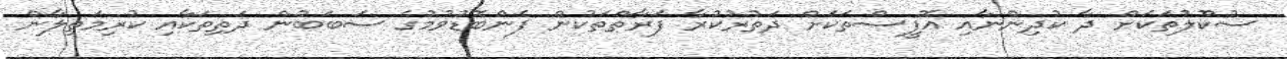
ސުކޫލުތަކަށް ދާ ކުދިންނާއި އޮފީސްތަކަށް ދަތުރުކުރާ ފަރާތްތަކުން ފެންބޮޑުވުމުގެ ސަބަބުން ދަތިތަކާއި ކުރިމަތިލާން